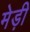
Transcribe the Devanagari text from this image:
मेड़ी